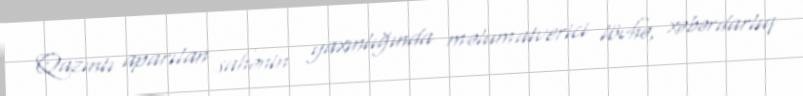
Qazıntı aparılan sahənin yaxınlığında məlumatverici lövhə, xəbərdarlıq